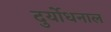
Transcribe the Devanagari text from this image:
दुर्योधनाल